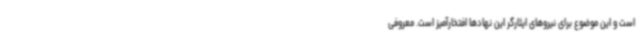
است و این موضوع برای نیروهای ایثارگر این نهادها افتخارآمیز است. معروفی